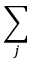
\sum _ { j }